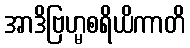
အာဒိဗြဟ္မစရိယိကာတိ